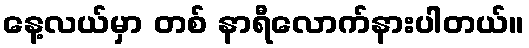
နေ့လယ်မှာ တစ် နာရီလောက်နားပါတယ်။